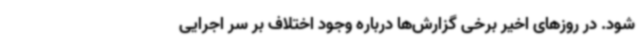
شود. در روزهای اخیر برخی گزارش‌ها درباره وجود اختلاف بر سر اجرایی